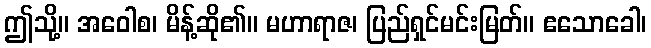
ဤသို့။ အဝေါစ၊ မိန့်ဆို၏။ မဟာရာဇ၊ ပြည်ရှင်မင်းမြတ်။ ဧသောခေါ၊